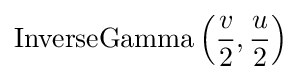
\mathrm {InverseGamma} \left({\frac {v}{2}},{\frac {u}{2}}\right)